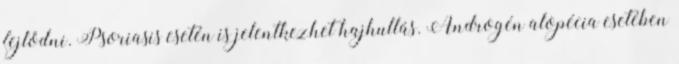
fejlődni. Psoriasis esetén is jelentkezhet hajhullás. Androgén alopécia esetében